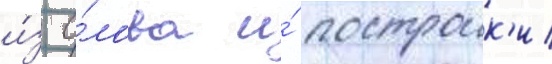
и́з о́лова и́ построик'и